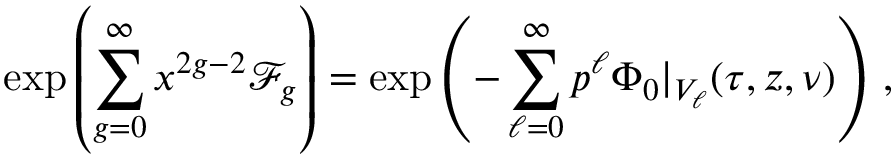
\exp \left( \sum _ { g = 0 } ^ { \infty } x ^ { 2 g - 2 } \mathcal { F } _ { g } \right) = \exp \left( - \sum _ { \ell = 0 } ^ { \infty } p ^ { \ell } \Phi _ { 0 } \vert _ { V _ { \ell } } ( \tau , z , \nu ) \right) \, ,